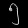
Digit: ၅